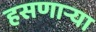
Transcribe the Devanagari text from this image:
हसणाऱ्या